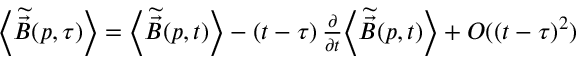
\begin{array} { r } { \left< \widetilde { \vec { B } } ( \boldsymbol { p } , \tau ) \right> = \left< \widetilde { \vec { B } } ( \boldsymbol { p } , t ) \right> - \left( t - \tau \right) \frac { \partial } { \partial t } \! \left< \widetilde { \vec { B } } ( \boldsymbol { p } , t ) \right> + O ( ( t - \tau ) ^ { 2 } ) } \end{array}